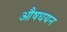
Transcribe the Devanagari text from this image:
औषधयन